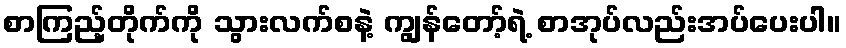
စာကြည့်တိုက်ကို သွားလက်စနဲ့ ကျွန်တော့်ရဲ့ စာအုပ်လည်းအပ်ပေးပါ။